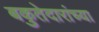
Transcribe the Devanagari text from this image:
बकुतेदारांच्या